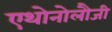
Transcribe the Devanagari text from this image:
एथोनोलौजी